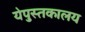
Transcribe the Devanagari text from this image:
येपुस्तकालय